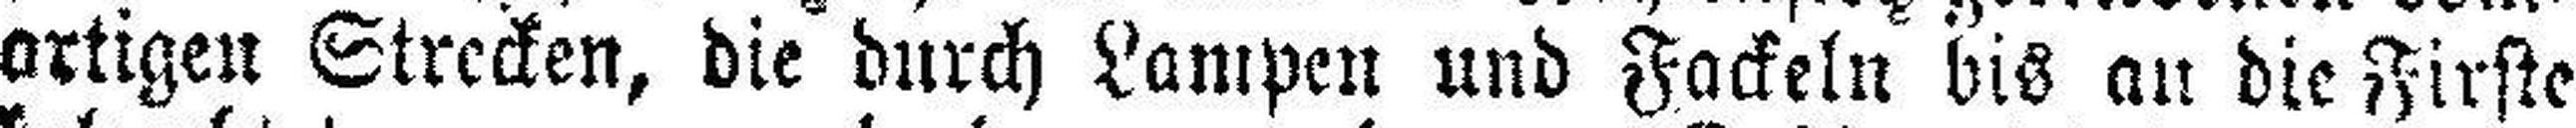
artigen Strecken, die durch Lampen und Fackeln bis an die Firste